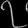
Digit: ၇